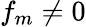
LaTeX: f_{m}\neq 0